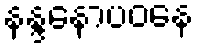
နန္ဒနောပဝနေ